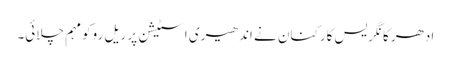
ادھر کانگریس کارکنان نے اندھیری اسٹیشن پر ریل روکو مہم چلائی۔